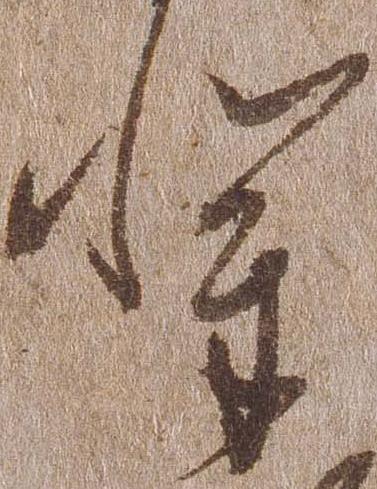
輩